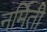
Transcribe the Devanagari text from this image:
नर्मिती